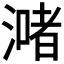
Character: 𣾻